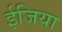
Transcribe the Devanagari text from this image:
ईजिया